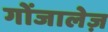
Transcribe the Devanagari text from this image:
गोंजालेज़